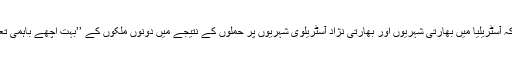
اس سے پہلے بھارتی حکام نے کہا تھا کہ آسٹریلیا میں بھارتی شہریوں اور بھارتی نژاد آسٹریلوی شہریوں پر حملوں کے نتیجے میں دونوں ملکوں کے ’’بہت اچھے باہمی تعلقات پر منفی اثرات مرتب ہوسکتے ہیں۔